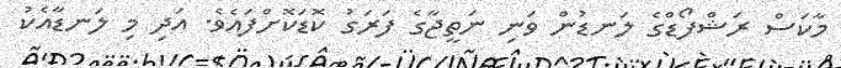
މާކަސް ރަޝްފޯޑްގެ ލަނޑުން ވަނި ނަތީޖާގެ ފަރަގު ކޮޑަކޮށްފައެވެ. އަދި މި ލަނޑާއެކު